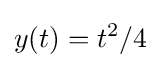
y(t)=t^{2}/4